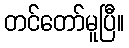
တင်တော်မူပြီ။